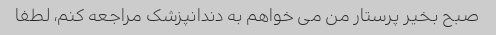
صبح بخیر پرستار من می خواهم به دندانپزشک مراجعه کنم، لطفا